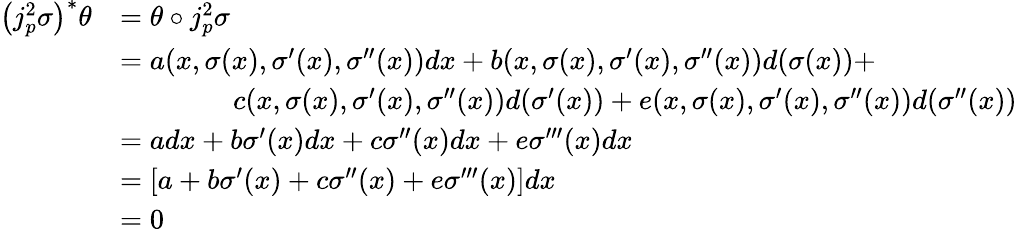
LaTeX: {\begin{array}{rl}{\left(j_{p}^{2}\sigma\right)^{*}\theta}&{=\theta\circ j_{p}^{2}\sigma}\\ &{=a(x,\sigma(x),\sigma^{\prime}(x),\sigma^{\prime\prime}(x))dx+b(x,\sigma(x),\sigma^{\prime}(x),\sigma^{\prime\prime}(x))d(\sigma(x))+}\\ &{\qquad\qquad c(x,\sigma(x),\sigma^{\prime}(x),\sigma^{\prime\prime}(x))d(\sigma^{\prime}(x))+e(x,\sigma(x),\sigma^{\prime}(x),\sigma^{\prime\prime}(x))d(\sigma^{\prime\prime}(x))}\\ &{=adx+b\sigma^{\prime}(x)dx+c\sigma^{\prime\prime}(x)dx+e\sigma^{\prime\prime\prime}(x)dx}\\ &{=[a+b\sigma^{\prime}(x)+c\sigma^{\prime\prime}(x)+e\sigma^{\prime\prime\prime}(x)]dx}\\ &{=0}\end{array}}